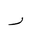
Letter: _ra